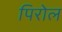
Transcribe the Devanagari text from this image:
पिरोल